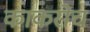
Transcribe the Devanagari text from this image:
काकरोच